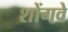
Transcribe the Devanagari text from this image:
शोंगवे